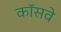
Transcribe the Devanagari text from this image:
कॉसवे